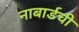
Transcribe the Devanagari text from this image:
नाबार्डची